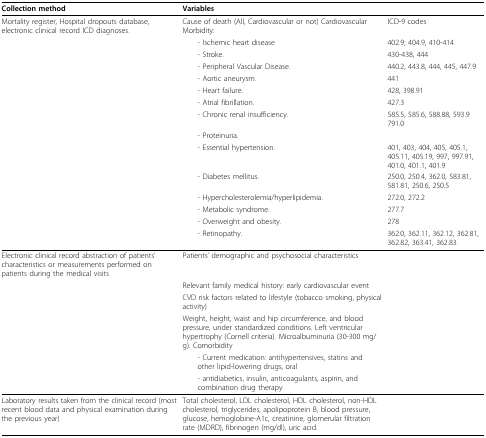
<table><thead><tr><td><b>Collection method</b></td><td><b>Variables</b></td><td></td></tr></thead><tbody><tr><td>Mortality register, Hospital dropouts database, electronic clinical record ICD diagnoses.</td><td>Cause of death (All, Cardiovascular or not) Cardiovascular Morbidity:</td><td>ICD-9 codes</td></tr><tr><td></td><td> - Ischemic heart disease</td><td>402.9; 404.9, 410-414</td></tr><tr><td></td><td> - Stroke.</td><td>430-438, 444</td></tr><tr><td></td><td> - Peripheral Vascular Disease.</td><td>440.2, 443.8, 444, 445, 447.9</td></tr><tr><td></td><td> - Aortic aneurysm.</td><td>441</td></tr><tr><td></td><td> - Heart failure.</td><td>428, 398.91</td></tr><tr><td></td><td> - Atrial fibrillation.</td><td>427.3</td></tr><tr><td></td><td> - Chronic renal insufficiency.</td><td>585.5, 585.6, 588.88, 593.9 791.0</td></tr><tr><td></td><td> - Proteinuria.</td><td></td></tr><tr><td></td><td> - Essential hypertension.</td><td>401, 403, 404, 405, 405.1, 405.11, 405.19, 997, 997.91, 401.0, 401.1, 401.9</td></tr><tr><td></td><td> - Diabetes mellitus.</td><td>250.0, 250.4, 362.0, 583.81, 581.81, 250.6, 250.5</td></tr><tr><td></td><td> - Hypercholesterolemia/hyperlipidemia.</td><td>272.0, 272.2</td></tr><tr><td></td><td> - Metabolic syndrome.</td><td>277.7</td></tr><tr><td></td><td> - Overweight and obesity.</td><td>278</td></tr><tr><td></td><td> - Retinopathy.</td><td>362.0, 362.11, 362.12, 362.81, 362.82, 363.41, 362.83.</td></tr><tr><td>Electronic clinical record abstraction of patients&#x27; characteristics or measurements performed on patients during the medical visits</td><td>Patients&#x27; demographic and psychosocial characteristics</td><td></td></tr><tr><td></td><td>Relevant family medical history: early cardiovascular event</td><td></td></tr><tr><td></td><td>CVD risk factors related to lifestyle (tobacco smoking, physical activity)</td><td></td></tr><tr><td></td><td>Weight, height, waist and hip circumference, and blood pressure, under standardized conditions. Left ventricular hypertrophy (Cornell criteria). Microalbuminuria (30-300 mg/g). Comorbidity</td><td></td></tr><tr><td></td><td> - Current medication: antihypertensives, statins and other lipid-lowering drugs, oral</td><td></td></tr><tr><td></td><td> - antidiabetics, insulin, anticoagulants, aspirin, and combination drug therapy</td><td></td></tr><tr><td>Laboratory results taken from the clinical record (most recent blood data and physical examination during the previous year)</td><td>Total cholesterol, LDL cholesterol, HDL cholesterol, non-HDL cholesterol, triglycerides, apolipoprotein B, blood pressure, glucose, hemoglobine-A1c, creatinine, glomerular filtration rate (MDRD), fibrinogen (mg/dl), uric acid.</td><td></td></tr></tbody></table>